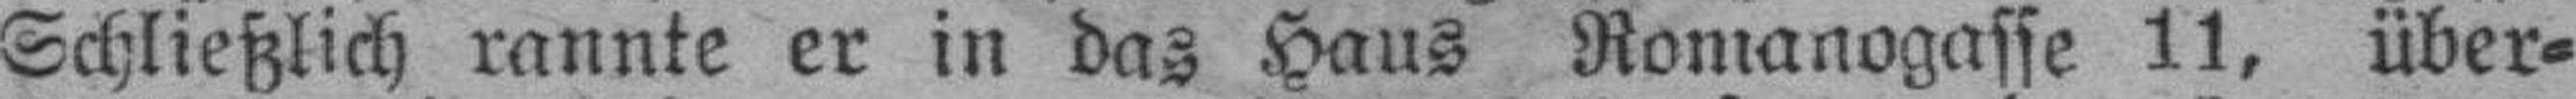
Schließlich rannte er in das Haus Romanogasse 11, über¬